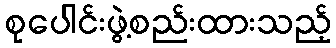
စုပေါင်းဖွဲ့စည်းထားသည့်